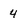
Character: 4